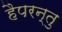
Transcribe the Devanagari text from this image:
हैपरन्तु